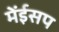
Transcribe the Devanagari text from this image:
मेंईसप